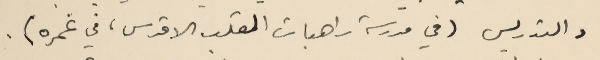
والتدريس (في مدرسة راهبات القلب الاقدس، في غمره).